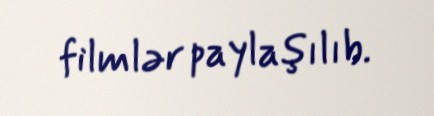
filmlər paylaşılıb.